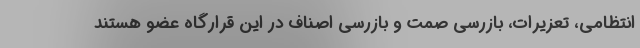
انتظامی، تعزیرات، بازرسی صمت و بازرسی اصناف در این قرارگاه عضو هستند